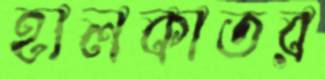
হালকাতর